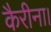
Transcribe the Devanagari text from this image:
कैरीना।